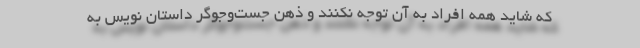
که شاید همه افراد به آن توجه نکنند و ذهن جست‌وجوگر داستان نویس به